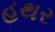
હથર